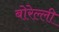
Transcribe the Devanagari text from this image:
बोरेल्ली